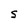
Character: S